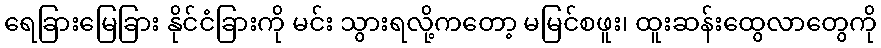
ရေခြားမြေခြား နိုင်ငံခြားကို မင်း သွားရလို့ကတော့ မမြင်စဖူး၊ ထူးဆန်းထွေလာတွေကို